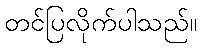
တင်ပြလိုက်ပါသည်။